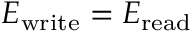
E _ { \mathrm { w r i t e } } = E _ { \mathrm { r e a d } }